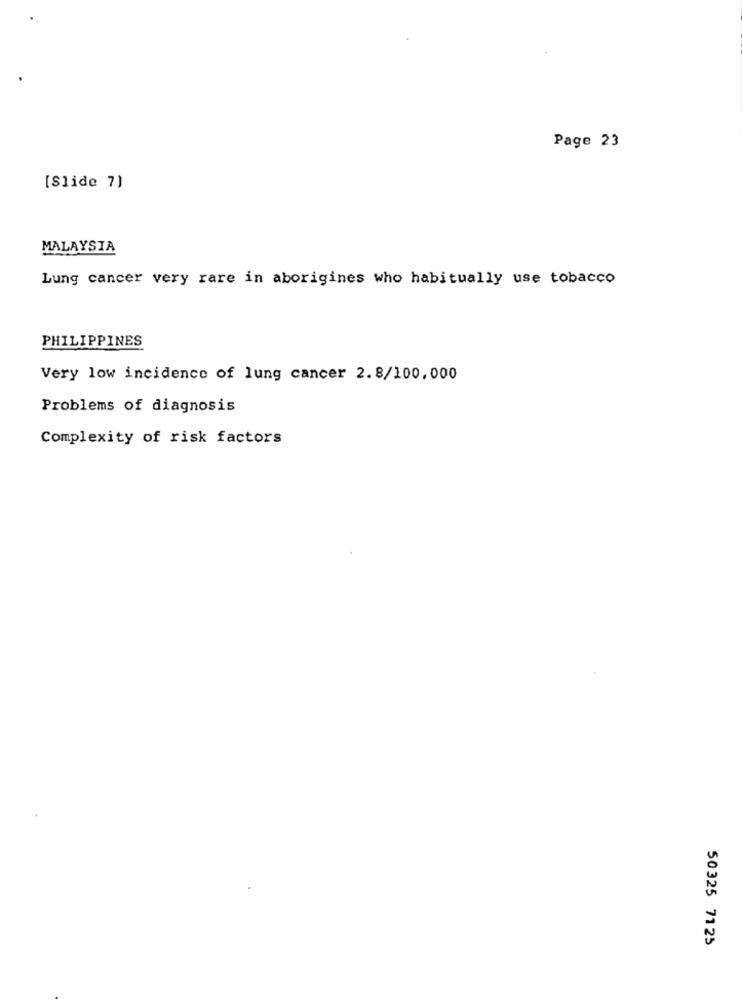
Page 23
[Slide 7]
MALAYSIA
Lung cancer very rare in aborigines who habitually use tobacco
PHILIPPINES
Very low incidence of lung cancer 2.8/100,000
Problems of diagnosis
Complexity of risk factors
50325 71 25